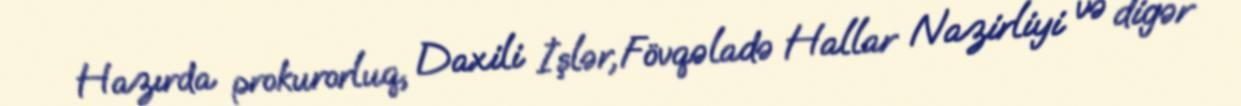
Hazırda prokurorluq, Daxili İşlər, Fövqəladə Hallar Nazirliyi və digər